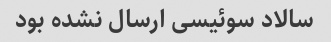
سالاد سوئیسی ارسال نشده بود